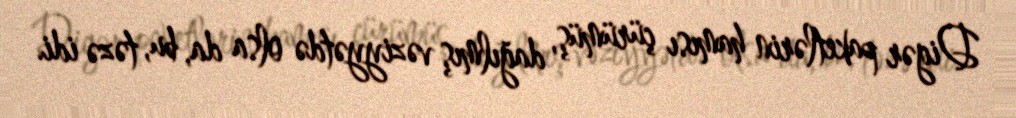
Digər paketlərin hamısı çürümüş, dağılmış vəziyyətdə olsa da, bu, təzə idi.